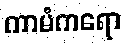
ကာမံကရော